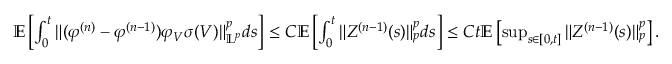
\begin{array} { r } { \mathbb E \left[ \int _ { 0 } ^ { t } \| ( \varphi ^ { ( n ) } - \varphi ^ { ( n - 1 ) } ) \varphi _ { V } \sigma ( V ) \| _ { \mathbb L ^ { p } } ^ { p } d s \right] \leq C \mathbb E \left[ \int _ { 0 } ^ { t } \| Z ^ { ( n - 1 ) } ( s ) \| _ { p } ^ { p } d s \right] \leq C t \mathbb E \left[ \operatorname* { s u p } _ { s \in [ 0 , t ] } \| Z ^ { ( n - 1 ) } ( s ) \| _ { p } ^ { p } \right] . } \end{array}